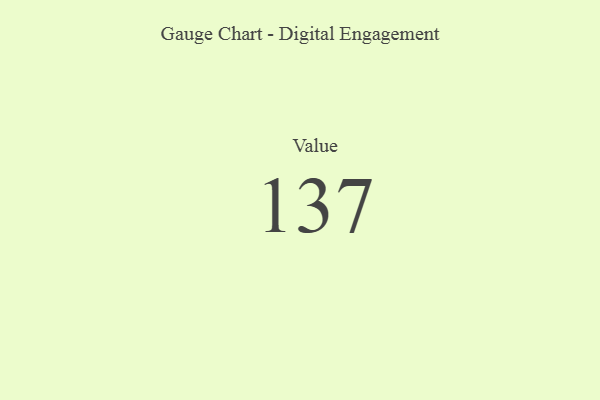
{"axis": {"x": "Metric", "y": "Value"}, "legend": [""], "data": [{"x": "Value", "y": 137, "type": ""}]}